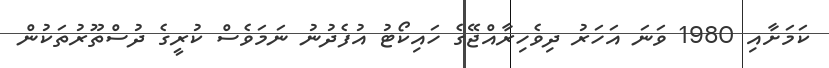
ކަމަށާއި 1980 ވަނަ އަހަރު ދިވެހިރާއްޖޭގެ ހައިކޯޓު އުފެދުނު ނަމަވެސް ކުރީގެ ދުސްތޫރުތަކުން